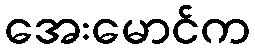
အေးမောင်က